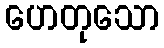
ဟေတုသော